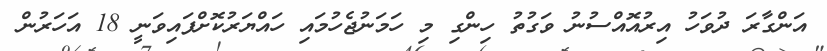
އަންގާރަ ދުވަހު އިރުއޮއްސުނު ވަގުތު ހިންގި މި ހަމަނުޖެހުމައި ހައްޔަރުކޮށްފައިވަނީ 18 އަހަރުން